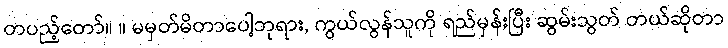
တပည့်တော်။ ။ မမှတ်မိတာပေါ့ဘုရား, ကွယ်လွန်သူကို ရည်မှန်းပြီး ဆွမ်းသွတ် တယ်ဆိုတာ